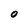
Character: O